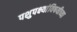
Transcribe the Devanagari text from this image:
पशुपक्ष्यांविषयीच्या